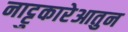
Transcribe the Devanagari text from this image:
नाट्टुकारेआतुन